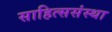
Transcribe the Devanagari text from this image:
साहित्ससंस्था